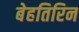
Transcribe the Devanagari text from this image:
बेहतिरिन